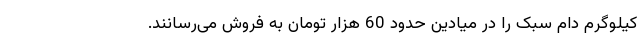
کیلوگرم دام سبک را در میادین حدود 60 هزار تومان به فروش می‌رسانند.